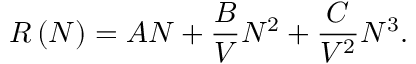
R \left( N \right) = A N + \frac { B } { V } N ^ { 2 } + \frac { C } { V ^ { 2 } } N ^ { 3 } .